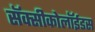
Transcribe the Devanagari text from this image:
सॅक्सीकोलॉईडस